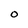
Character: O